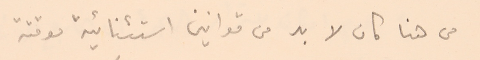
من هنا كان لا بد من قوانين استثنائية موقتة